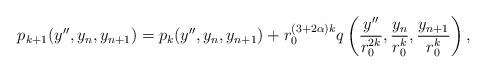
LaTeX: \begin{align*}p_{k+1}(y'',y_n,y_{n+1}) = p_k(y'',y_{n},y_{n+1}) + r_0^{(3+{2\alpha})k}q\left(\frac{y''} {r_0^{2k}}, \frac{y_n}{r_0^k}, \frac{y_{n+1}}{r_0^k} \right),\end{align*}